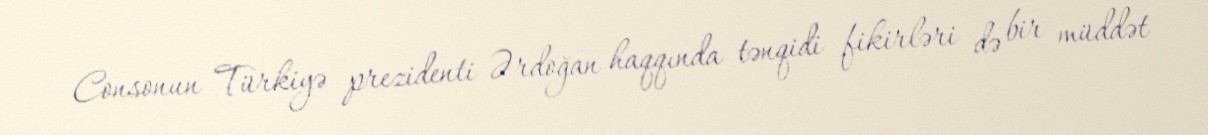
Consonun Türkiyə prezidenti Ərdoğan haqqında tənqidi fikirləri də bir müddət